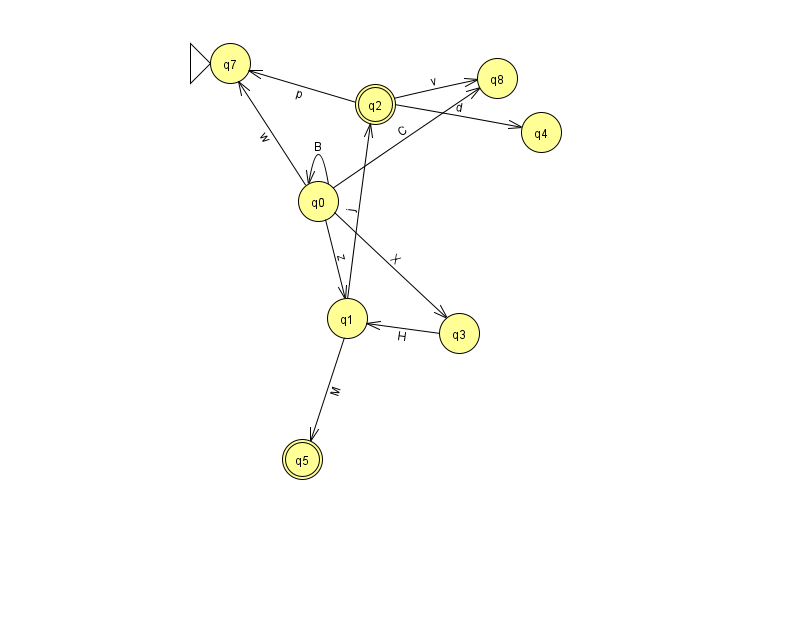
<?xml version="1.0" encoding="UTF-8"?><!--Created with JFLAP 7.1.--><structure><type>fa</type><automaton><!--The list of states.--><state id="0" name="q0"><x>318.0</x><y>188.0</y></state><state id="1" name="q1"><x>347.0</x><y>305.0</y></state><state id="2" name="q2"><x>375.0</x><y>91.0</y><final/></state><state id="3" name="q3"><x>459.0</x><y>320.0</y></state><state id="4" name="q4"><x>541.0</x><y>119.0</y></state><state id="5" name="q5"><x>302.0</x><y>446.0</y><final/></state><state id="7" name="q7"><x>230.0</x><y>50.0</y><initial/></state><state id="8" name="q8"><x>497.0</x><y>65.0</y></state><!--The list of transitions.--><transition><from>1</from><to>5</to><read>M</read></transition><transition><from>0</from><to>0</to><read>B</read></transition><transition><from>1</from><to>2</to><read>j</read></transition><transition><from>0</from><to>7</to><read>w</read></transition><transition><from>0</from><to>8</to><read>C</read></transition><transition><from>0</from><to>3</to><read>X</read></transition><transition><from>2</from><to>7</to><read>p</read></transition><transition><from>3</from><to>1</to><read>H</read></transition><transition><from>0</from><to>1</to><read>z</read></transition><transition><from>2</from><to>8</to><read>v</read></transition><transition><from>2</from><to>4</to><read>d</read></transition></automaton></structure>